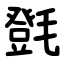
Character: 㲪